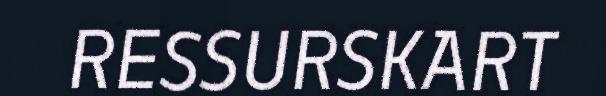
RESSURSKART